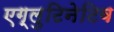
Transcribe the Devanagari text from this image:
एग्लुटिनेटिव